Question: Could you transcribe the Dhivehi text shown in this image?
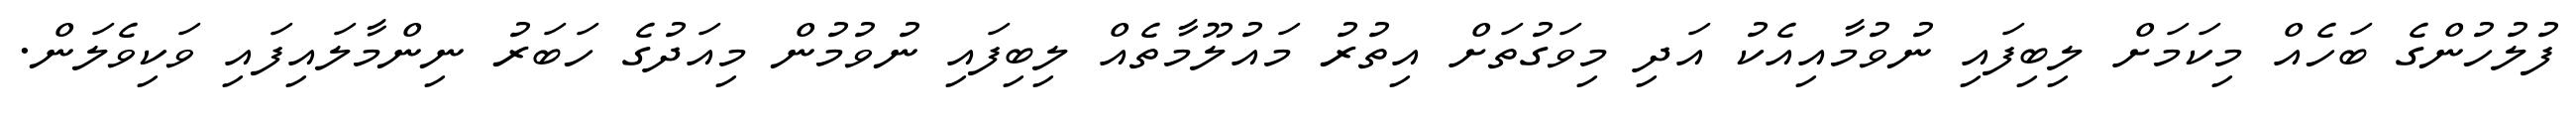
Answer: ފުލުހުންގެ ބަހެއް މިކަމަށް ލިބިފައި ނުވުމާއިއެކު އަދި މިވަގުތަށް އިތުރު މައުލޫމާތެއް ލިބިފައި ނުވުމުން މިއަދުގެ ހަބަރު ނިންމާލައިފައި ވަކިވެލަން.